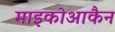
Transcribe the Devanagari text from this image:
माइकोआकैन